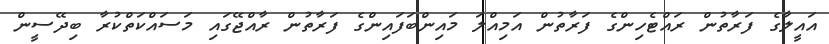
އައީލާގެ ފަރާތުން ރައްޓެހިންގެ ފަރާތުން އަމިއްލަ މައިންބަފައިންގެ ފަރާތުން ރާއްޖޭގައި މަސައްކަތްކުރާ ބިދޭސީން